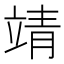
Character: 靖